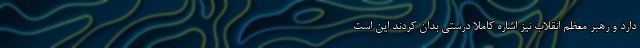
دارد و رهبر معظم انقلاب نیز اشاره کاملاً درستی بدان کردند این است